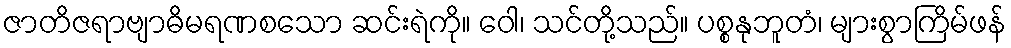
ဇာတိဇရာဗျာဓိမရဏစသော ဆင်းရဲကို။ ဝေါ၊ သင်တို့သည်။ ပစ္စနုဘူတံ၊ များစွာကြိမ်ဖန်